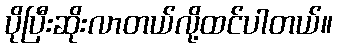
ပိုပြီးဆိုးလာတယ်လို့ထင်ပါတယ်။